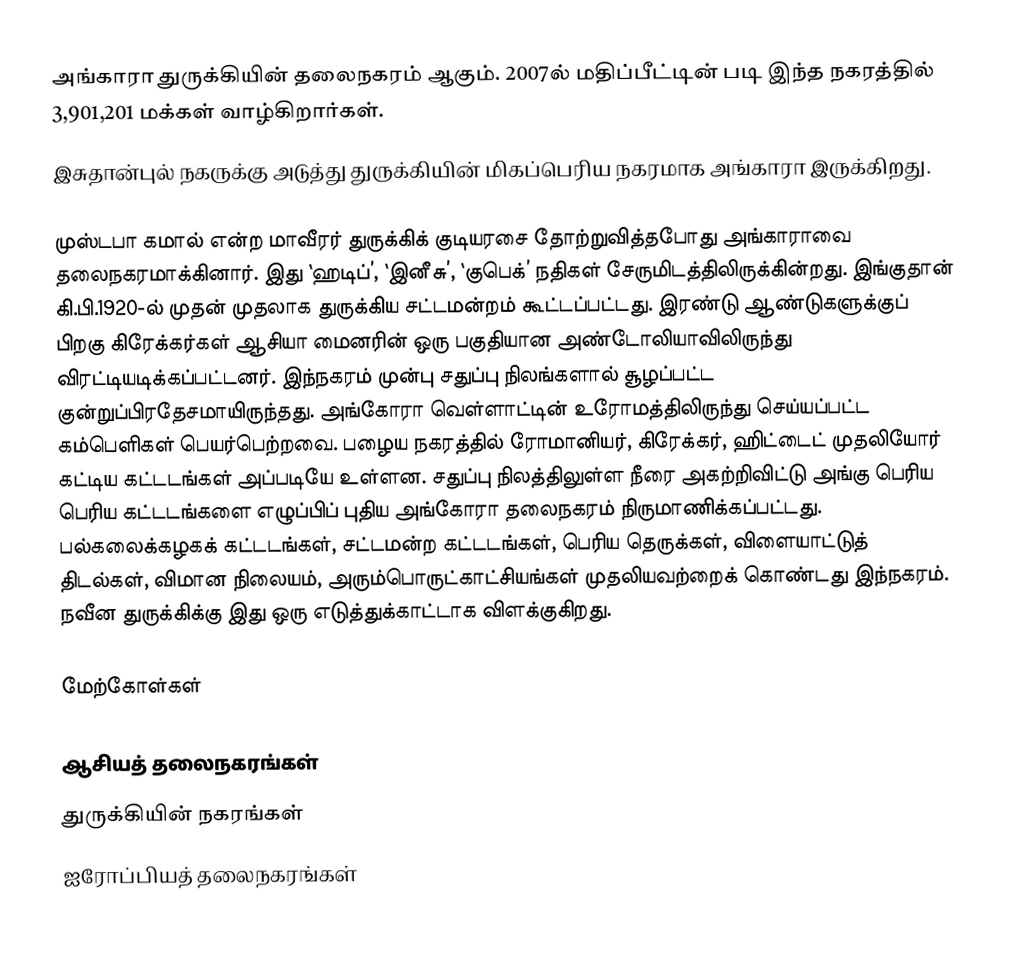
அங்காரா துருக்கியின் தலைநகரம் ஆகும். 2007ல் மதிப்பீட்டின் படி இந்த நகரத்தில் 3,901,201 மக்கள் வாழ்கிறார்கள்.
 இசுதான்புல் நகருக்கு அடுத்து துருக்கியின் மிகப்பெரிய நகரமாக அங்காரா இருக்கிறது.

முஸ்டபா கமால் என்ற மாவீரர் துருக்கிக் குடியரசை தோற்றுவித்தபோது அங்காராவை தலைநகரமாக்கினார்.  இது `ஹடிப்’, `இனீசு’, `குபெக்’ நதிகள் சேருமிடத்திலிருக்கின்றது. இங்குதான் கி.பி.1920-ல் முதன் முதலாக துருக்கிய சட்டமன்றம் கூட்டப்பட்டது.  இரண்டு ஆண்டுகளுக்குப் பிறகு கிரேக்கர்கள் ஆசியா மைனரின் ஒரு பகுதியான அண்டோலியாவிலிருந்து விரட்டியடிக்கப்பட்டனர்.  இந்நகரம் முன்பு சதுப்பு நிலங்களால் சூழப்பட்ட குன்றுப்பிரதேசமாயிருந்தது.  அங்கோரா வெள்ளாட்டின் உரோமத்திலிருந்து செய்யப்பட்ட கம்பெளிகள் பெயர்பெற்றவை.  பழைய நகரத்தில் ரோமானியர், கிரேக்கர், ஹிட்டைட் முதலியோர் கட்டிய கட்டடங்கள் அப்படியே உள்ளன. சதுப்பு நிலத்திலுள்ள நீரை அகற்றிவிட்டு அங்கு பெரிய பெரிய கட்டடங்களை எழுப்பிப் புதிய அங்கோரா தலைநகரம் நிருமாணிக்கப்பட்டது.  பல்கலைக்கழகக் கட்டடங்கள், சட்டமன்ற கட்டடங்கள், பெரிய தெருக்கள், விளையாட்டுத் திடல்கள், விமான நிலையம், அரும்பொருட்காட்சியங்கள் முதலியவற்றைக் கொண்டது இந்நகரம். நவீன துருக்கிக்கு இது ஒரு எடுத்துக்காட்டாக விளக்குகிறது.

மேற்கோள்கள்

ஆசியத் தலைநகரங்கள்
துருக்கியின் நகரங்கள்
ஐரோப்பியத் தலைநகரங்கள்